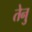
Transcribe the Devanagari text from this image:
तेनु